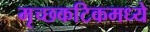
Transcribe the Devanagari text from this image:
मृच्छकटिकमध्ये